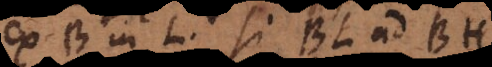
ex B in L, si BL ad BH